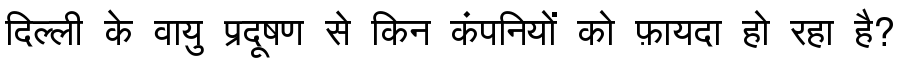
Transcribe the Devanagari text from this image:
दिल्ली के वायु प्रदूषण से किन कंपनियों को फ़ायदा हो रहा है?